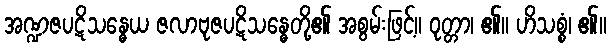
အဏ္ဍဇပဋိသန္ဓေယ ဇလာဗုဇပဋိသန္ဓေတို့၏ အစွမ်းဖြင့်။ ဝုတ္တာ၊ ၏။ ဟိသစ္စံ၊ ၏။